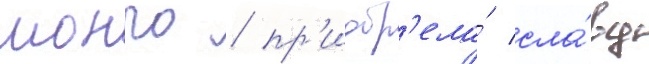
монро / пр'иобр'ела́ сла́ву